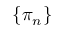
\{ \pi _ { n } \}